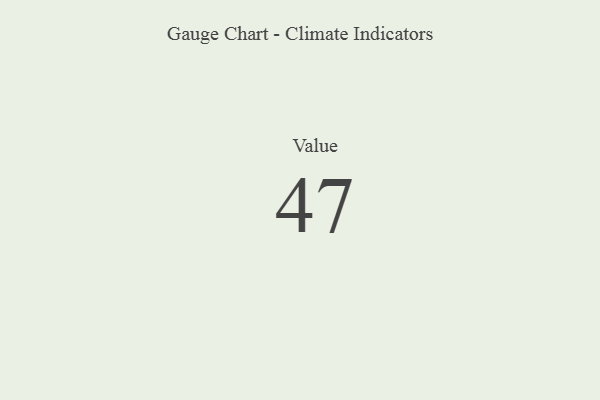
{"axis": {"x": "Metric", "y": "Value"}, "legend": [""], "data": [{"x": "Value", "y": 47, "type": ""}]}